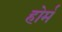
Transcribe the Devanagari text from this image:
होर्म